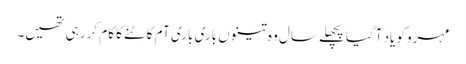
مہرو کو یاد آگیا پچھلے سال وہ تینوں باری باری آم کاٹنے کا کام کر رہی تھیں۔